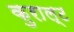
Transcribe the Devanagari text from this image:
कुराल्ट